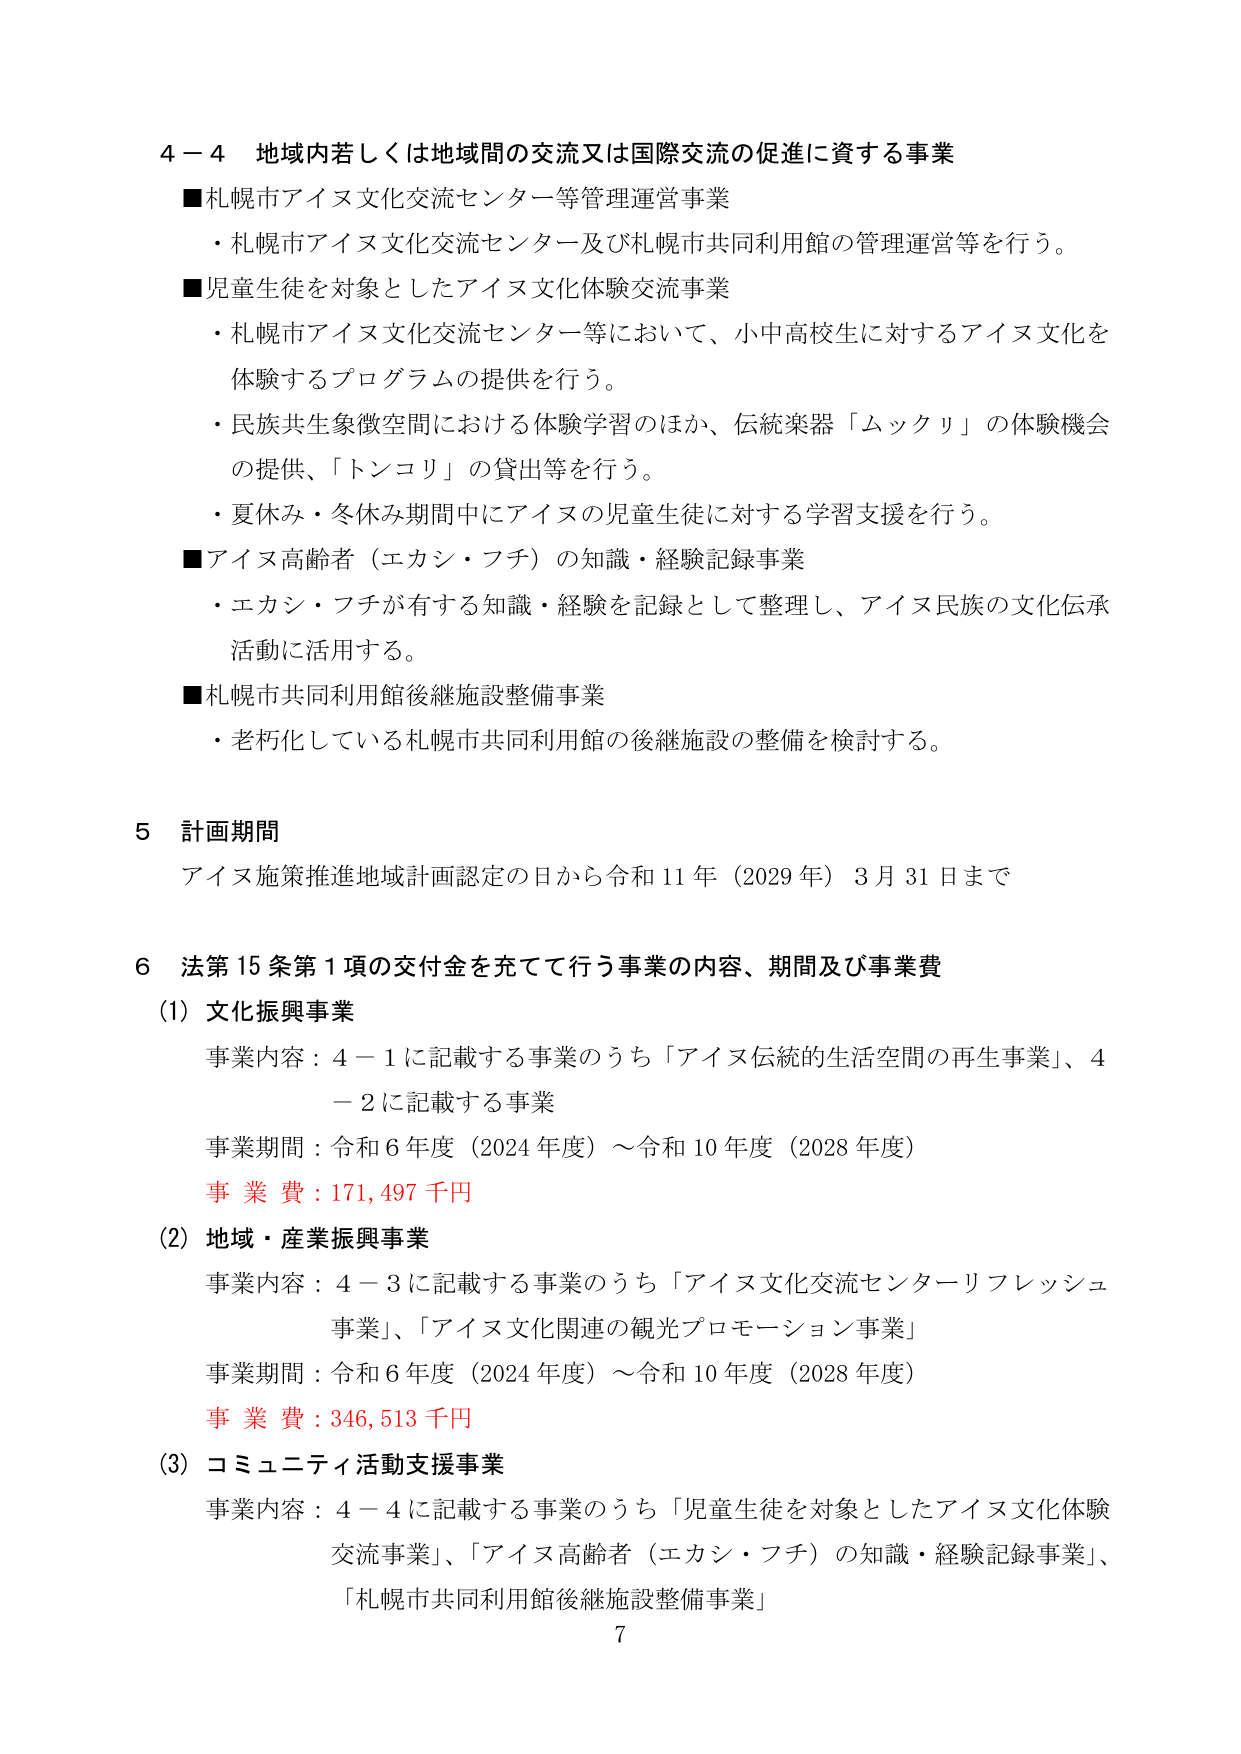
4－4 地域内若しくは地域間の交流又は国際交流の促進に資する事業
■札幌市アイヌ文化交流センター等管理運営事業
・札幌市アイヌ文化交流センター及び札幌市共同利用館の管理運営等を行う。
■児童生徒を対象としたアイヌ文化体験交流事業
・札幌市アイヌ文化交流センター等において、小中高校生に対するアイヌ文化を体験するプログラムの提供を行う。
・民族共生象徴空間における体験学習のほか、伝統楽器「ムックリ」の体験機会の提供、「トンコリ」の貸出等を行う。
・夏休み・冬休み期間中にアイヌの児童生徒に対する学習支援を行う。
■アイヌ高齢者（エカシ・フチ）の知識・経験記録事業
・エカシ・フチが有する知識・経験を記録として整理し、アイヌ民族の文化伝承活動に活用する。
■札幌市共同利用館後継施設整備事業
・老朽化している札幌市共同利用館の後継施設の整備を検討する。

5 計画期間
アイヌ施策推進地域計画認定の日から令和11年（2029年）3月31日まで

6 法第15条第1項の交付金を充てて行う事業の内容、期間及び事業費
(1) 文化振興事業
事業内容：4－1に記載する事業のうち「アイヌ伝統的生活空間の再生事業」、4－2に記載する事業
事業期間：令和6年度（2024年度）～令和10年度（2028年度）
事業費：171,497千円
(2) 地域・産業振興事業
事業内容：4－3に記載する事業のうち「アイヌ文化交流センターリフレッシュ事業」、「アイヌ文化関連の観光プロモーション事業」
事業期間：令和6年度（2024年度）～令和10年度（2028年度）
事業費：346,513千円
(3) コミュニティ活動支援事業
事業内容：4－4に記載する事業のうち「児童生徒を対象としたアイヌ文化体験交流事業」、「アイヌ高齢者（エカシ・フチ）の知識・経験記録事業」、「札幌市共同利用館後継施設整備事業」

7